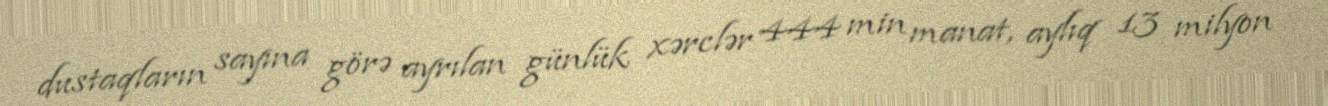
dustaqların sayına görə ayrılan günlük xərclər 444 min manat, aylıq 13 milyon